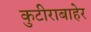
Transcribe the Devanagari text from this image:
कुटीराबाहेर